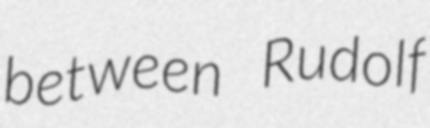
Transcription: between Rudolf